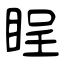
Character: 睈